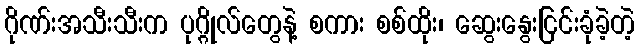
ဂိုဏ်းအသီးသီးက ပုဂ္ဂိုလ်တွေနဲ့ စကား စစ်ထိုး၊ ဆွေးနွေးငြင်းခုံခဲ့တဲ့